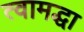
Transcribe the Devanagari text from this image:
त्वामद्धा